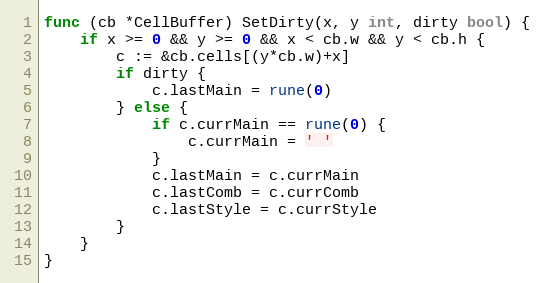
Language: Go
func (cb *CellBuffer) SetDirty(x, y int, dirty bool) {
	if x >= 0 && y >= 0 && x < cb.w && y < cb.h {
		c := &cb.cells[(y*cb.w)+x]
		if dirty {
			c.lastMain = rune(0)
		} else {
			if c.currMain == rune(0) {
				c.currMain = ' '
			}
			c.lastMain = c.currMain
			c.lastComb = c.currComb
			c.lastStyle = c.currStyle
		}
	}
}